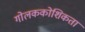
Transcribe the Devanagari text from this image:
गोलककोशिकता